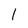
Character: 1